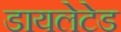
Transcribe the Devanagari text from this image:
डायलेटेड